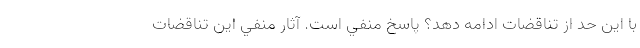
با اين حد از تناقضات ادامه دهد؟ پاسخ منفي است. آثار منفي اين تناقضات